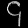
Digit: ၄